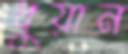
ধুয়ান